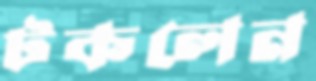
টকলেন